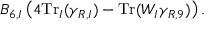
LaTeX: B _ { 6 , I } \left( 4 \mathrm { T r } _ { I } ( \gamma _ { R , I } ) - \mathrm { T r } ( W _ { I } \gamma _ { R , 9 } ) \right) .